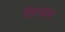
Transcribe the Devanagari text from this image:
ऐल्डर